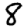
Digit: 8